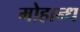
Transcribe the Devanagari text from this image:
मोहान्ध